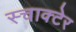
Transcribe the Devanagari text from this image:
स्चाक्टेर